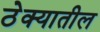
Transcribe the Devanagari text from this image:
ठेक्‍यातील